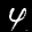
Label: 4